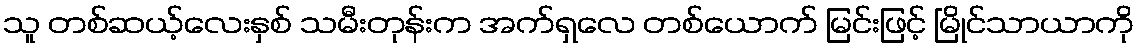
သူ တစ်ဆယ့်လေးနှစ် သမီးတုန်းက အက်ရှလေ တစ်ယောက် မြင်းဖြင့် မြိုင်သာယာကို